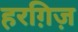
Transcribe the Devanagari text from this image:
हरग़िज़